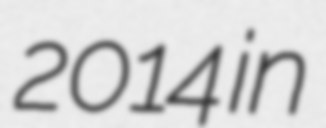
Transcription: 2014 in